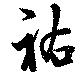
祐